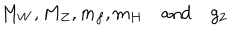
LaTeX: M _ { W } , M _ { Z } , m _ { f } , m _ { H } \quad \mathrm { a n d } \quad g _ { 2 }